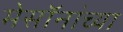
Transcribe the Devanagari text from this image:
मेसॉनांच्या